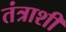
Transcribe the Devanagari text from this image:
तंत्राशी